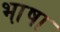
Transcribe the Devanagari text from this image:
भा़षा